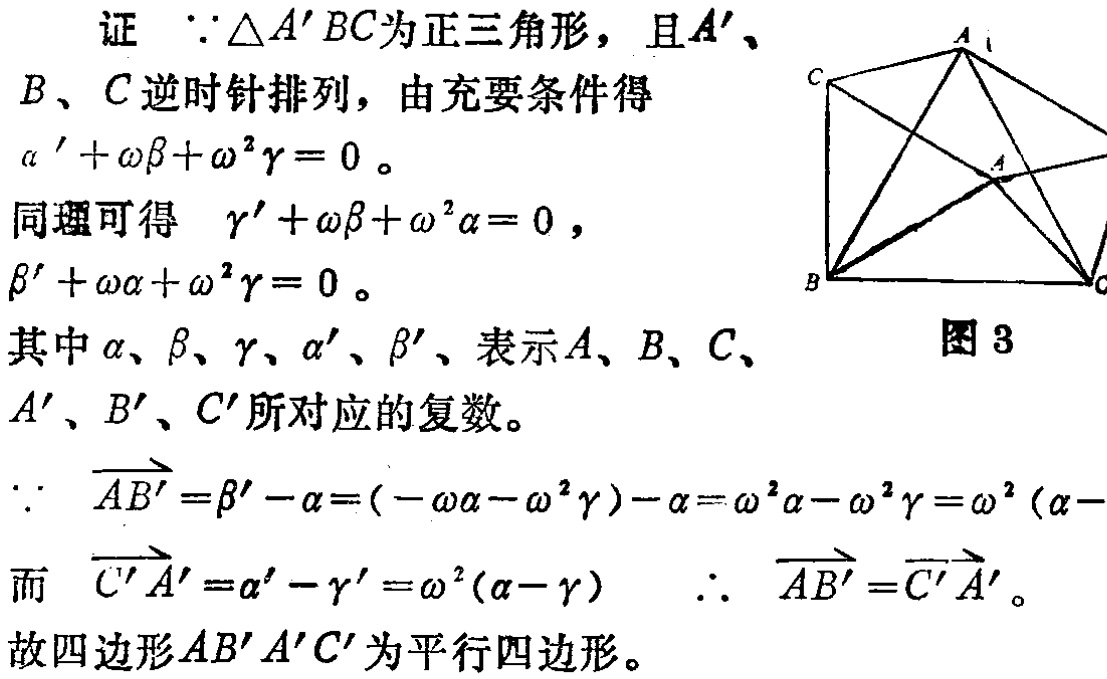
证 $\because \triangle A'BC$为正三角形，且$A'$、
$B$、$C$逆时针排列，由充要条件得
$a'+\omega\beta+\omega^{2}\gamma = 0$。
同理可得 $\gamma'+\omega\beta+\omega^{2}\alpha = 0$，
$\beta'+\omega\alpha+\omega^{2}\gamma = 0$。
其中$\alpha$、$\beta$、$\gamma$、$\alpha'$、$\beta'$、表示$A$、$B$、$C$、
$A'$、$B'$、$C'$所对应的复数。
$\because \overrightarrow{AB'}=\beta' - \alpha=(-\omega\alpha-\omega^{2}\gamma)-\alpha=\omega^{2}\alpha-\omega^{2}\gamma=\omega^{2}(\alpha - \gamma)$
而 $\overrightarrow{C'A'}=\alpha' - \gamma'=\omega^{2}(\alpha - \gamma)$ $\therefore \overrightarrow{AB'}=\overrightarrow{C'A'}$。
故四边形$AB'A'C'$为平行四边形。